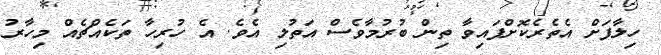
ހިލާފަށް އެތެރެކޮށްފައިވާ ތިން ބުރުމާވެސް އަތުލި އެވެ. އެ ހުރިހާ ތަކެއްޗެއް މިހާރު